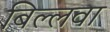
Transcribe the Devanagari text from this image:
बिल्लवा